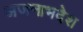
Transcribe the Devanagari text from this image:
अजनाभदेश